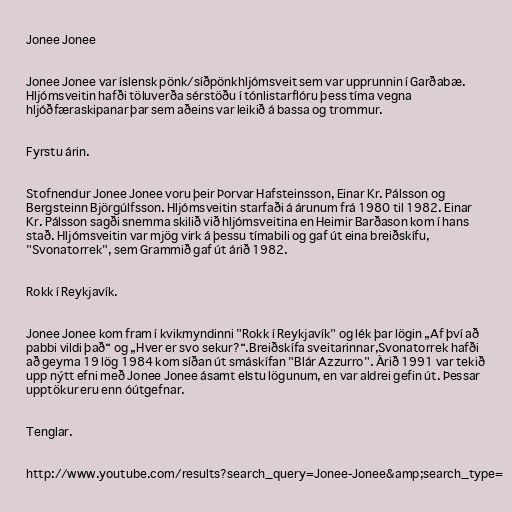
Jonee Jonee

Jonee Jonee var íslensk pönk/síðpönkhljómsveit sem var upprunnin í Garðabæ.
Hljómsveitin hafði töluverða sérstöðu í tónlistarflóru þess tíma vegna
hljóðfæraskipanar þar sem aðeins var leikið á bassa og trommur.

Fyrstu árin.

Stofnendur Jonee Jonee voru þeir Þorvar Hafsteinsson, Einar Kr. Pálsson og
Bergsteinn Björgúlfsson. Hljómsveitin starfaði á árunum frá 1980 til 1982. Einar
Kr. Pálsson sagði snemma skilið við hljómsveitina en Heimir Barðason kom í hans
stað. Hljómsveitin var mjög virk á þessu tímabili og gaf út eina breiðskífu,
"Svonatorrek", sem Grammið gaf út árið 1982.

Rokk í Reykjavík.

Jonee Jonee kom fram í kvikmyndinni "Rokk í Reykjavík" og lék þar lögin „Af því að
pabbi vildi það“ og „Hver er svo sekur?“.Breiðskífa sveitarinnar,Svonatorrek hafði
að geyma 19 lög 1984 kom síðan út smáskífan "Blár Azzurro". Árið 1991 var tekið
upp nýtt efni með Jonee Jonee ásamt elstu lögunum, en var aldrei gefin út. Þessar
upptökur eru enn óútgefnar.

Tenglar.

http://www.youtube.com/results?search_query=Jonee-Jonee&amp;search_type=